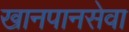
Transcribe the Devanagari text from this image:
खानपानसेवा